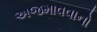
અજમાવવાનો